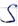
Text: S